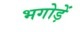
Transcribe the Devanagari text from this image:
भगोड़ें